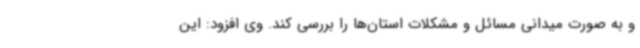
و به صورت میدانی مسائل و مشکلات استان‌ها را بررسی کند. وی افزود: این